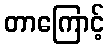
တာကြောင့်